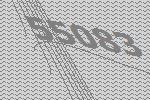
55083